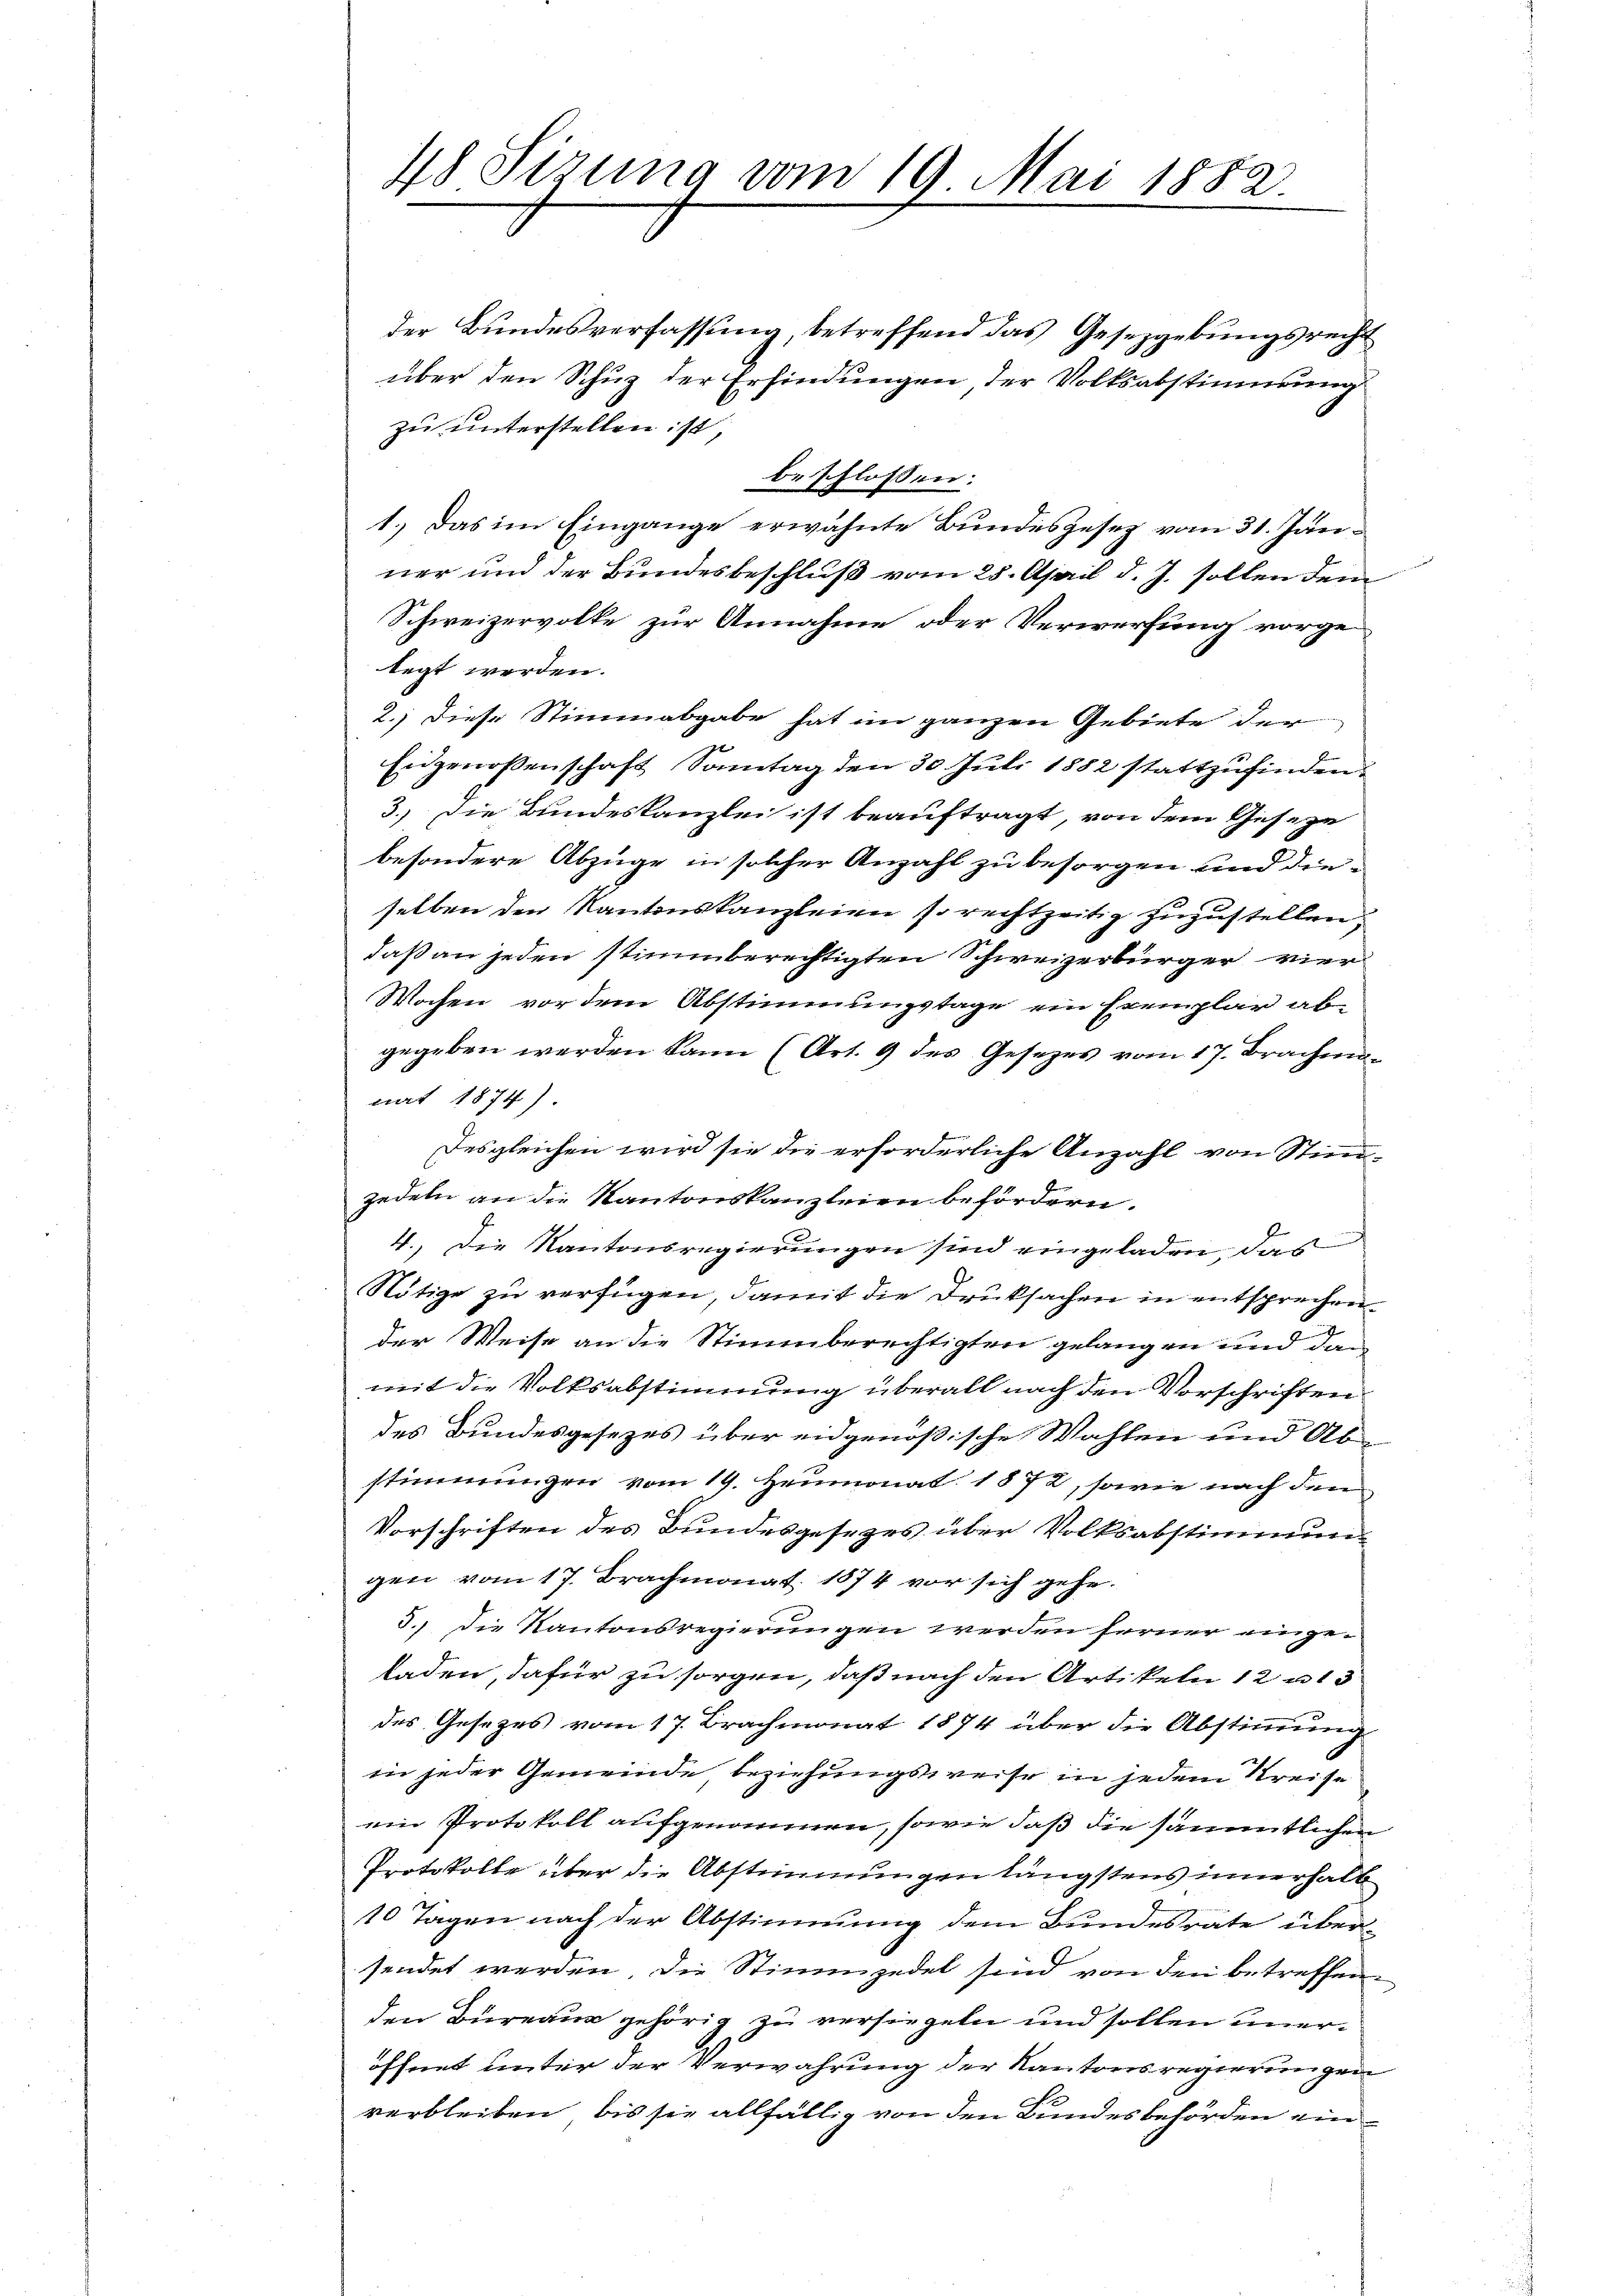
der Bŭndesverfassŭng, betreffend das Gesetzgebŭngsrecht
über den Schuz der Erfindungen, der Volksabstimmung
zu unterstellen ist,
beschlossen:
1.) Das im Eingange erwähnte Bundesgesez vom 31. Jänner und der Bundesbeschluß vom 28. April d. J. sollen dem
Schweizervolke zur Annahme oder Verwerfung vorge-
legt worden.
2.) Diese Stimmabgabe hat im ganzen Gebiete der
Eidgenoßenschaft Sonntag den 30. Juli 1882 stattzufinden.
3.) Die Bundeskanzlei ist beauftragt, von dem Geseze
besondere Abzüge in solcher Anzahl zu besorgen und dieselben den Kantonskanzleien so rechtzeitig zuzustellen.
daß an jeden stimmberechtigten Schweizerbürger vier
Wochen vor dem Abstimmungstage ein Exemplar abgegeben werden kann (Art. 9 des Gesezes vom 17. Brachminat 1874).
Desgleichen wird sie die erforderliche Anzahl von Stimzedeln an die Kantonskanzleien befördern.
4. Die Kantonsregierungen sind eingeladen, das
Nötige zu verfügen, damit die Druksachen in entsprechen
der Weise an die Stimmberechtigten gelangen und dan
mit die Volksabstimmung überall nach den Vorschriften
des Bundesgesezes über eidgenößische Wahlen und Abstimmungen vom 19. Heumonat 1872, sowie nach den
Vorschriften des Bundesgesezes über Volksabstimmung
gen vom 17. Brachmonat 1874 vor sich gehe.
3.) Die Kantonsregierungen werden ferner eingeladen, dafür zu sorgen, daß nach den Artikeln 12 n 13
des Gesetzes vom 17. Brachmonat 1874 über die Abstimmung
in jeder Gemeinde beziehungsweise in jedem Kreise
ein Protokoll aufgenommen, sowie daß die sämmtlichen
Protokolle über die Abstimmungen längstens innerhalb
10 Tagen nach der Abstimmung dem Bundesrate übersendet werden, die Stimmzedel sind von den betreffen.
den Bureau gehörig zu versiegeln und sollen uneröffnet unter der Verwahrung der Kantonsregierungen
verbleiben, bis sie allfällig von den Bundesbehörden ein¬

48 Sizung vom 19. Mai 1882.